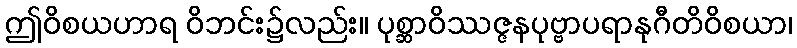
ဤဝိစယဟာရ ဝိဘင်း၌လည်း။ ပုစ္ဆာဝိဿဇ္ဇနပုဗ္ဗာပရာနုဂီတိဝိစယာ၊